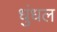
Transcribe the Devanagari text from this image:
धुंधल